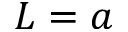
L = a